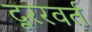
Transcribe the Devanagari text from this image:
दूररवर्त